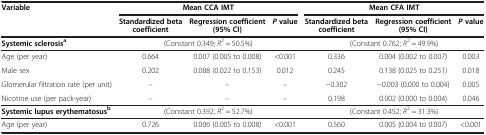
<table><thead><tr><td rowspan="2"><b>Variable</b></td><td colspan="3"><b>Mean CCA IMT</b></td><td colspan="3"><b>Mean CFA IMT</b></td></tr><tr><td><b>Standardized beta coefficient</b></td><td><b>Regression coefficient (95% CI)</b></td><td><b><i>P </i>value</b></td><td><b>Standardized beta coefficient</b></td><td><b>Regression coefficient (95% CI)</b></td><td><b><i>P </i>value</b></td></tr></thead><tbody><tr><td><b>Systemic sclerosis</b><sup><b>a</b></sup></td><td colspan="3">(Constant 0.349; <i>R</i><sup>2</sup> = 50.5%)</td><td colspan="3">(Constant 0.762; <i>R</i><sup>2</sup> = 49.9%)</td></tr><tr><td>Age (per year)</td><td>0.664</td><td>0.007 (0.005 to 0.008)</td><td>&lt;0.001</td><td>0.336</td><td>0.004 (0.002 to 0.007)</td><td>0.003</td></tr><tr><td>Male sex</td><td>0.202</td><td>0.088 (0.022 to 0.153)</td><td>0.012</td><td>0.245</td><td>0.138 (0.025 to 0.251)</td><td>0.018</td></tr><tr><td>Glomerular filtration rate (per unit)</td><td>–</td><td>–</td><td>–</td><td>-0.302</td><td>-0.003 (0.000 to 0.004)</td><td>0.005</td></tr><tr><td>Nicotine use (per pack-year)</td><td>–</td><td>–</td><td>–</td><td>0.198</td><td>0.002 (0.000 to 0.004)</td><td>0.046</td></tr><tr><td><b>Systemic lupus erythematosus</b><sup><b>b</b></sup></td><td colspan="3">(Constant 0.392; <i>R</i><sup>2</sup> = 52.7%)</td><td colspan="3">(Constant 0.452; <i>R</i><sup>2</sup> = 31.3%)</td></tr><tr><td>Age (per year)</td><td>0.726</td><td>0.006 (0.005 to 0.008)</td><td>&lt;0.001</td><td>0.560</td><td>0.005 (0.004 to 0.007)</td><td>&lt;0.001</td></tr></tbody></table>